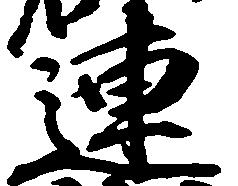
連